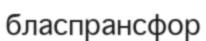
бласпрансфор